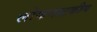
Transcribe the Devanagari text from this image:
लोकनाटकीय